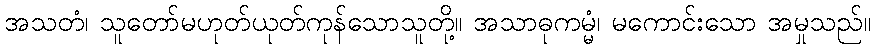
အသတံ၊ သူတော်မဟုတ်ယုတ်ကုန်သောသူတို့။ အသာဓုကမ္မံ၊ မကောင်းသော အမှုသည်။